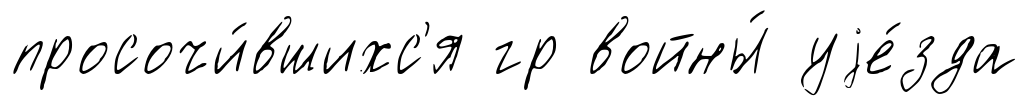
просочи́вшихс'я гр войны́ уjе́зда